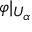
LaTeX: \varphi | _ { U _ { \alpha } }